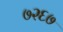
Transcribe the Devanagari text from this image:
७२६७